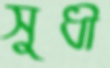
সুধী